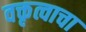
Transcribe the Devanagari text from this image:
वक्तृत्वाचा